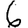
Digit: 6